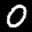
Label: 0